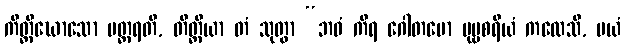
ကိတ္တိဃောသော ပတ္ထရတိ, တိတ္ထိယာ တံ သုတွာ “ဘဝံ ကိရ ဂေါတမော ပုဗ္ဗစရိယံ ကထေသိ, မယံ